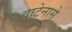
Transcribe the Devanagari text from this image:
वाटेनासे